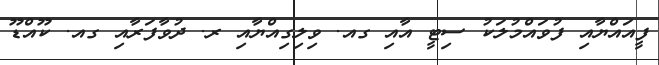
ފީއައްޔާއި ފުވައްމުލަކު ސިޓީ އާއި ގއ. ވިލިގިއްޔާއި ރ. ދުވާފަރާއި ގއ. ކޫއްޑޫ